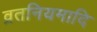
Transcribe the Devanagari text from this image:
व्रतनियमादि